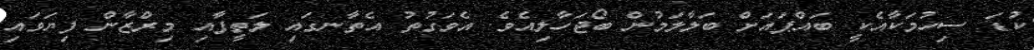
ކުޑަ ސިހުމަކާއެކީ ބައްޕައަށް ބަލާލަމުން ބޯޖަހާލިއެވެ. އެވަގުތު އެތާނގައި ލަތީފާއި މިރްޒާން ފިޔަވައި